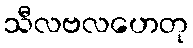
သီလဗလဟေတု